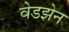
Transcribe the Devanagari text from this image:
वेडझेन